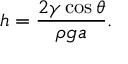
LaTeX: h = { \frac { 2 \gamma \cos \theta } { \rho g a } } .